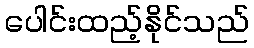
ပေါင်းထည့်နိုင်သည်